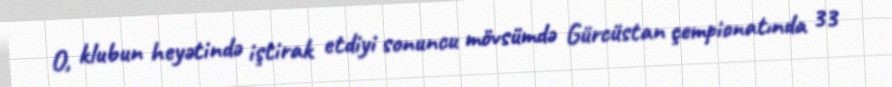
O, klubun heyətində iştirak etdiyi sonuncu mövsümdə Gürcüstan çempionatında 33